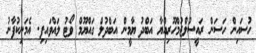
ހުސައިން ހަސަން ރައީސުލްޖުމްހޫރިއްޔާ އަބްދު ޔާމީން އަބްދުލް ގައްޔޫމް ވޯޓު ލައްވައިފި. އެމަނިކުފާނު